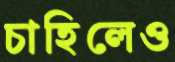
চাহিলেও